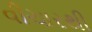
વીચારથી